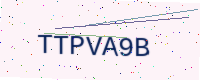
Text: TTPVA9B